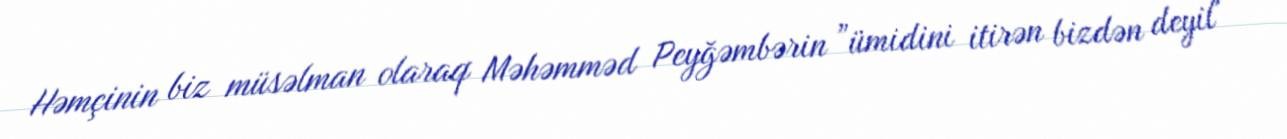
Həmçinin biz müsəlman olaraq Məhəmməd Peyğəmbərin ”ümidini itirən bizdən deyil"